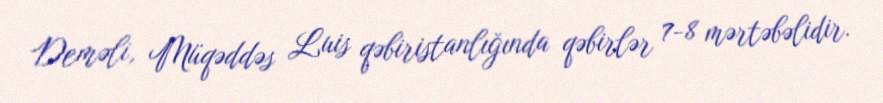
Deməli, Müqəddəs Luis qəbiristanlığında qəbirlər 7-8 mərtəbəlidir.